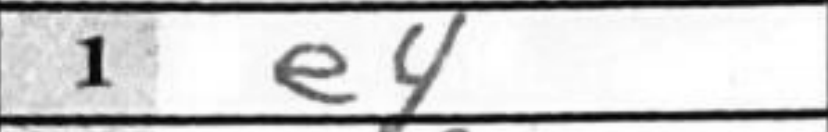
Transcription: e4